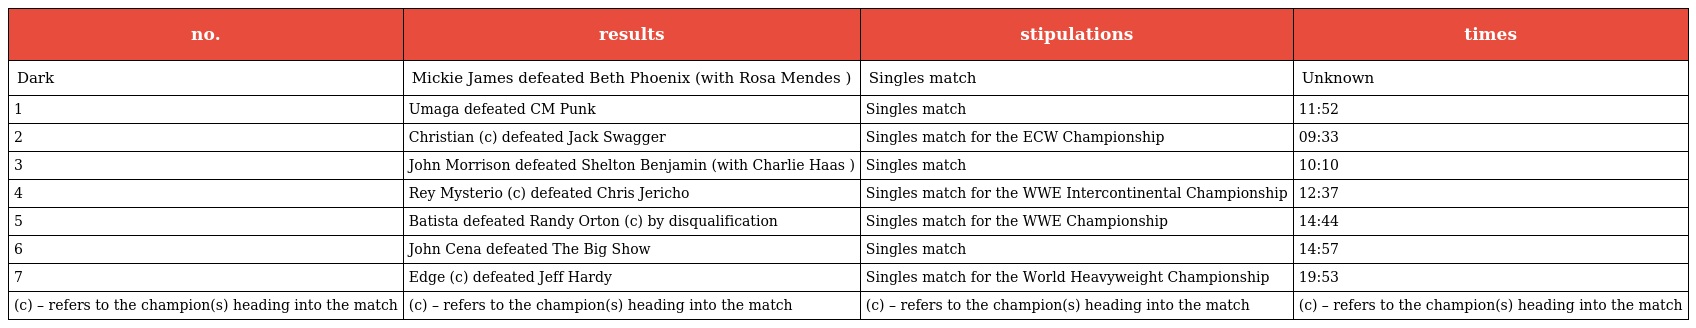
| no. | results | stipulations | times |
 | --- | --- | --- | --- |
 | Dark | Mickie James defeated Beth Phoenix (with Rosa Mendes ) | Singles match | Unknown |
 | 1 | Umaga defeated CM Punk | Singles match | 11:52 |
 | 2 | Christian (c) defeated Jack Swagger | Singles match for the ECW Championship | 09:33 |
 | 3 | John Morrison defeated Shelton Benjamin (with Charlie Haas ) | Singles match | 10:10 |
 | 4 | Rey Mysterio (c) defeated Chris Jericho | Singles match for the WWE Intercontinental Championship | 12:37 |
 | 5 | Batista defeated Randy Orton (c) by disqualification | Singles match for the WWE Championship | 14:44 |
 | 6 | John Cena defeated The Big Show | Singles match | 14:57 |
 | 7 | Edge (c) defeated Jeff Hardy | Singles match for the World Heavyweight Championship | 19:53 |
 | (c) – refers to the champion(s) heading into the match | (c) – refers to the champion(s) heading into the match | (c) – refers to the champion(s) heading into the match | (c) – refers to the champion(s) heading into the match |